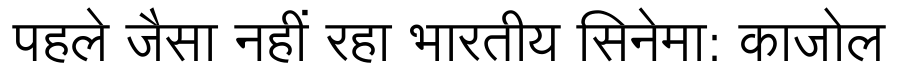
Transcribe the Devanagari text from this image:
पहले जैसा नहीं रहा भारतीय सिनेमा: काजोल